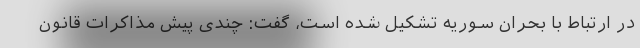
در ارتباط با بحران سوریه تشکیل شده است، گفت: چندی پیش مذاکرات قانون